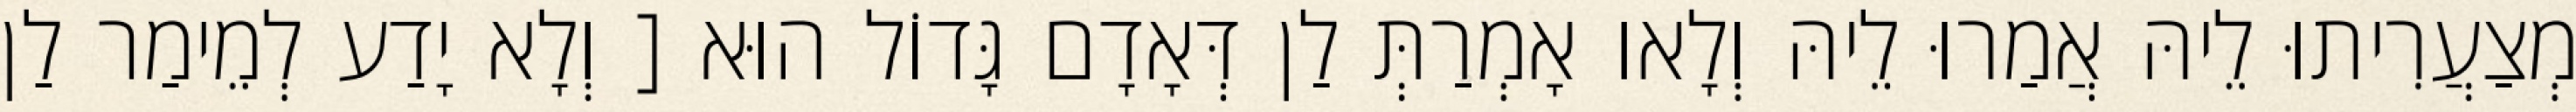
מְצַעֲרִיתוּ לֵיהּ אֲמַרוּ לֵיהּ וְלָאו אָמְרַתְּ לַן דְּאָדָם גָּדוֹל הוּא [ וְלָא יָדַע לְמֵימַר לַן